Scottish Leaving Certificate Examination, 1959
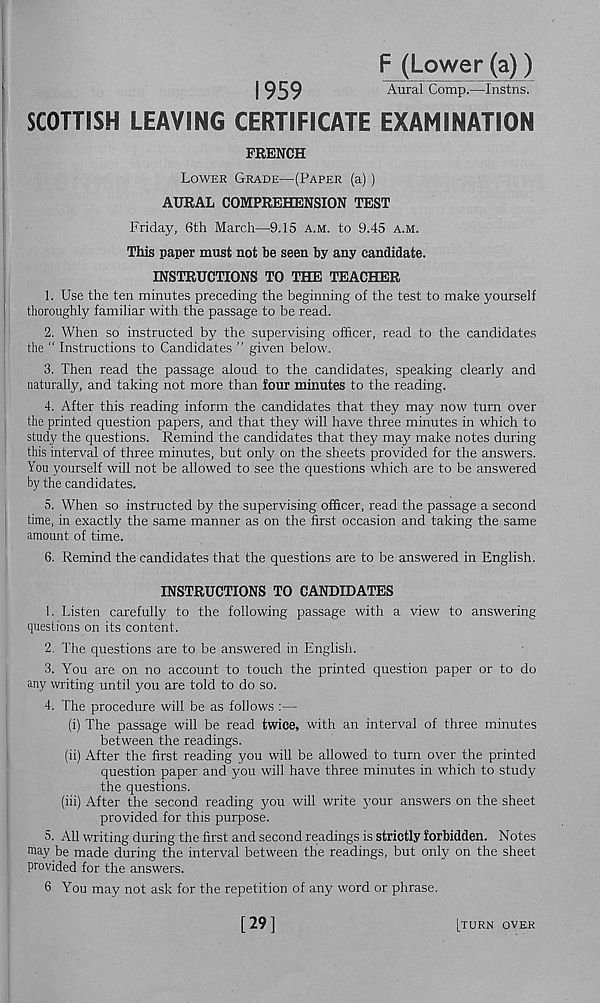
F (Lower (a))
Aural Comp.—Instns.
SCOTTISH LEAVING CERTIFICATE EXAMINATION
FRENCH
Lower Grade—(Paper (a) )
AURAL COMPREHENSION TEST
Friday, 6th March—9.15 a.m. to 9.45 a.m.
This paper must not be seen by any candidate.
INSTRUCTIONS TO THE TEACHER
1. Use the ten minutes preceding the beginning of the test to make yourself
thoroughly familiar with the passage to be read.
2. When so instructed by the supervising officer, read to the candidates
the “ Instructions to Candidates ” given below.
3. Then read the passage aloud to the candidates, speaking clearly and
naturally, and taking not more than four minutes to the reading.
4. After this reading inform the candidates that they may now turn over
the printed question papers, and that they will have three minutes in which to
study the questions. Remind the candidates that they may make notes during
this interval of three minutes, but only on the sheets provided for the answers.
You yourself will not be allowed to see the questions which are to be answered
by the candidates.
5. When so instructed by the supervising officer, read the passage a second
time, in exactly the same manner as on the first occasion and taking the same
amount of time.
6. Remind the candidates that the questions are to be answered in English.
INSTRUCTIONS TO CANDIDATES
1. Listen carefully to the following passage with a view to answering
questions on its content.
2. The questions are to be answered in English.
3. You are on no account to touch the printed question paper or to do
any writing until you are told to do so.
4. The procedure will be as follows :—
(i) The passage will be read twice, with an interval of three minutes
between the readings.
(ii) After the first reading you will be allowed to turn over the printed
question paper and you will have three minutes in which to study
the questions.
(iii) After the second reading you will write your answers on the sheet
provided for this purpose.
5. All writing during the first and second readings is strictly forbidden. Notes
may be made during the interval between the readings, but only on the sheet
provided for the answers.
6 You may not ask for the repetition of any word or phrase.
[turn over